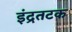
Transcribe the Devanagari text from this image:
इंद्रतटक